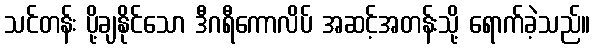
သင်တန်း ပို့ချနိုင်သော ဒီဂရီကောလိပ် အဆင့်အတန်းသို့ ရောက်ခဲ့သည်။